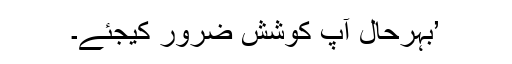
’بہرحال آپ کوشش ضرور کیجئے۔